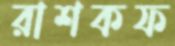
রাশকফ